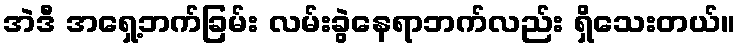
အဲဒီ အရှေ့ဘက်ခြမ်း လမ်းခွဲနေရာဘက်လည်း ရှိသေးတယ်။